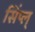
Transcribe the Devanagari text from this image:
सिंप्ल्